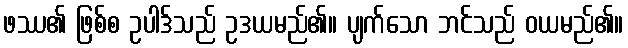
ဖဿ၏ ဖြစ်စ ဥပါဒ်သည် ဥဒယမည်၏။ ပျက်သော ဘင်သည် ဝယမည်၏။